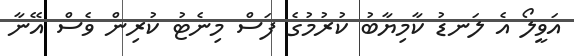
އަވީލޯ އެ ލަނޑު ކާމިޔާބު ކުރުމުގެ ފަސް މިނެޓު ކުރިން ވެސް އޭނާ